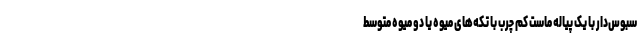
سبوس‌دار با یک پیاله ماست کم چرب با تکه‌های میوه یا دو میوه متوسط